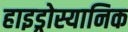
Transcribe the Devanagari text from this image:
हाइड्रोस्यानिक